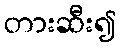
တားဆီး၍